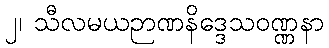
၂၊ သီလမယဉာဏနိဒ္ဒေသဝဏ္ဏနာ